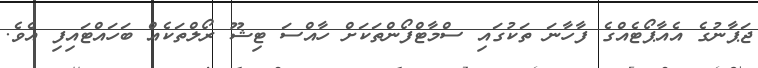
ޖަޕާނުގެ އެއާޕޯޓެއްގެ ފާހާނަ ތަކުގައި ސްމާާޓްފޯންތަކަށް ހާއްސަ ޓިޝޫ ރޯލްތަކެއް ބަހައްޓައިފި އެވެ.